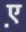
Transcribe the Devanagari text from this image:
ए़